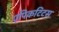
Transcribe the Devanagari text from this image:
एपिकटिटस